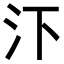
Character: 𪵩